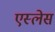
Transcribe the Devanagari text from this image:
एस्लेस